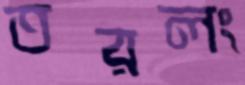
তরলং